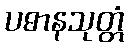
ပဓာနသုတ္တံ